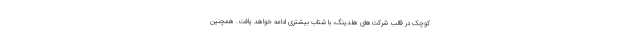
کوچک در قالب شرکت‌های هلدینگ، با شتاب بیشتری ادامه خواهد یافت. همچنین